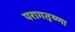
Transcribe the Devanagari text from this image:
परागतृष्णा